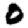
Digit: 0